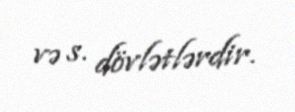
və s. dövlətlərdir.